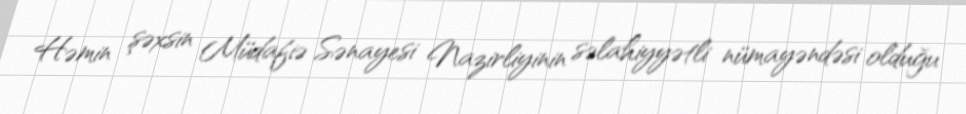
Həmin şəxsin Müdafiə Sənayesi Nazirliyinin səlahiyyətli nümayəndəsi olduğu